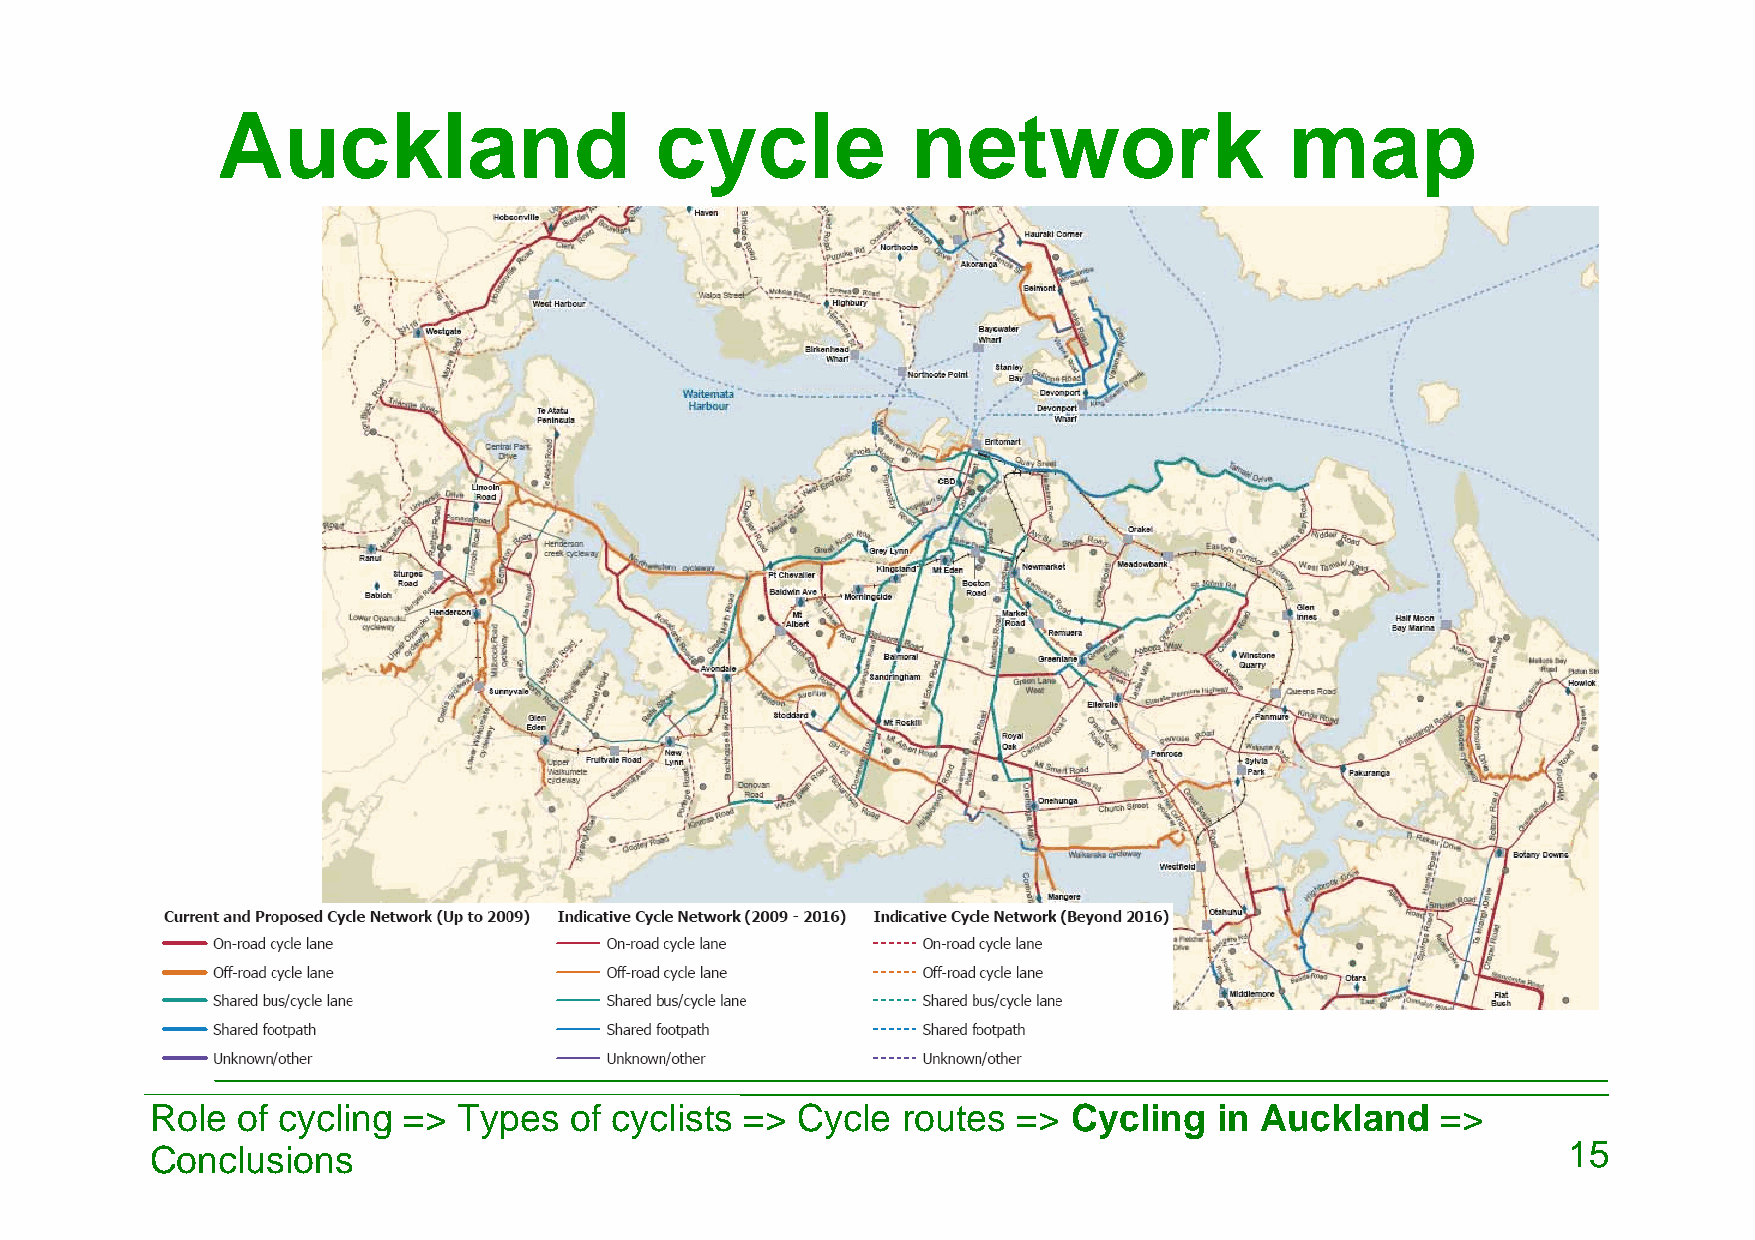
Auckland                     cycle            network                  map
 Role  of cycling => Types   of cyclists => Cycle  routes =>  Cycling   in Auckland   =>
 Conclusions                                                                                   15